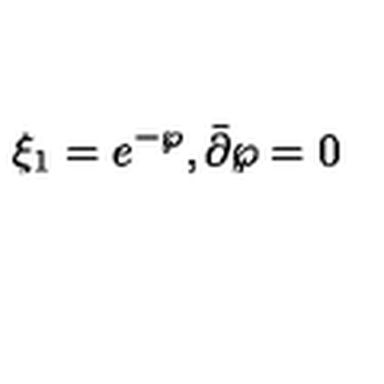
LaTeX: \xi _ { 1 } = e ^ { - \wp } , \bar { \partial } \wp = 0